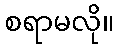
စရာမလို။